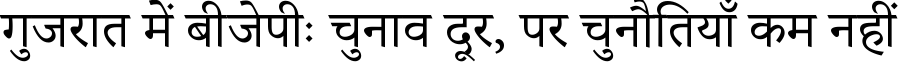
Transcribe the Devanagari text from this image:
गुजरात में बीजेपीः चुनाव दूर, पर चुनौतियाँ कम नहीं